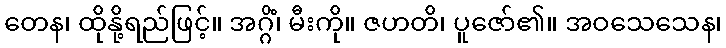
တေန၊ ထိုနို့ရည်ဖြင့်။ အဂ္ဂိံ၊ မီးကို။ ဇဟတိ၊ ပူဇော်၏။ အဝသေသေန၊